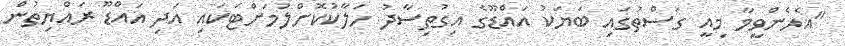
"އެހެންވީމާ މިއީ ގަސްތުގައި ބަޔަކު އައްޑޫގެ އިގުތިސާދު ހަލާކުކޮށްލުމަށްޓަަކައި އަދި އައްޑޫ ރައްޔިތުން